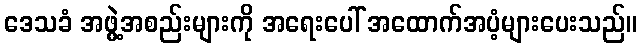
ဒေသခံ အဖွဲ့အစည်းများကို အရေးပေါ် အထောက်အပံ့များပေးသည်။